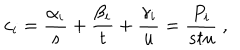
c _ { i } = \frac { \alpha _ { i } } { s } + \frac { \beta _ { i } } { t } + \frac { \gamma _ { i } } { u } = \frac { P _ { i } } { s t u } \ ,